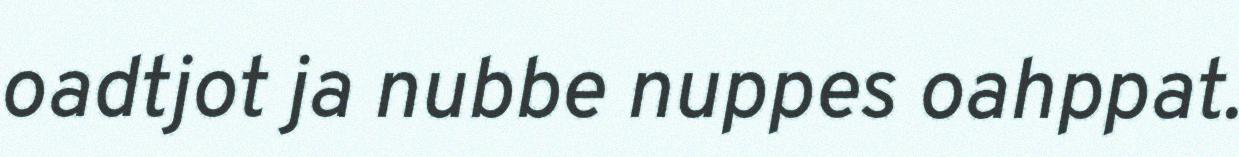
oadtjot ja nubbe nuppes oahppat.